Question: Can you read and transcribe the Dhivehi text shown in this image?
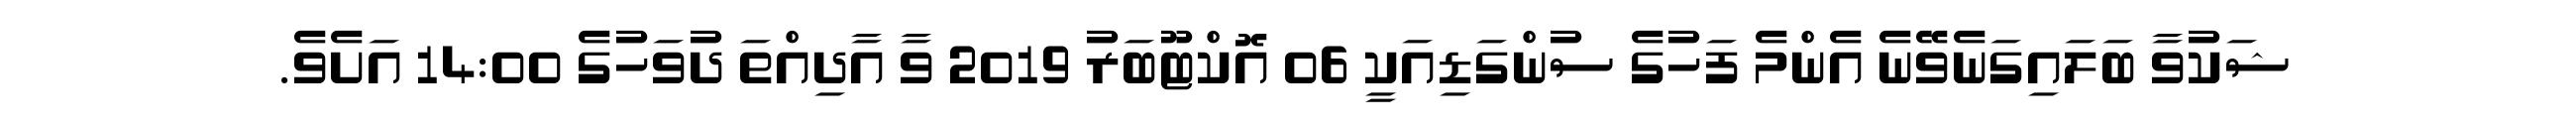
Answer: ޝަކުވާ ބަލައިގަނެވޭނެ އެންމެ ފަހުގެ ސުންގަޑިއަކީ 06 އޮކްޓޫބަރު 2019 ވާ އާދިއްތަ ދުވަހުގެ 14:00 އަށެވެ.